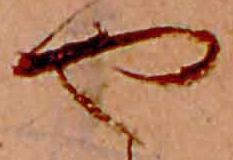
や